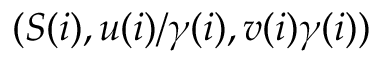
( S ( i ) , u ( i ) / \gamma ( i ) , v ( i ) \gamma ( i ) )